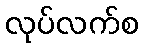
လုပ်လက်စ